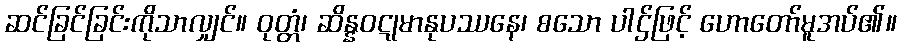
ဆင်ခြင်ခြင်းကိုသာလျှင်။ ဝုတ္တံ၊ ဆိန္နဝဋုမာနုပဿနေ၊ စသော ပါဌ်ဖြင့် ဟောတော်မူအပ်၏။